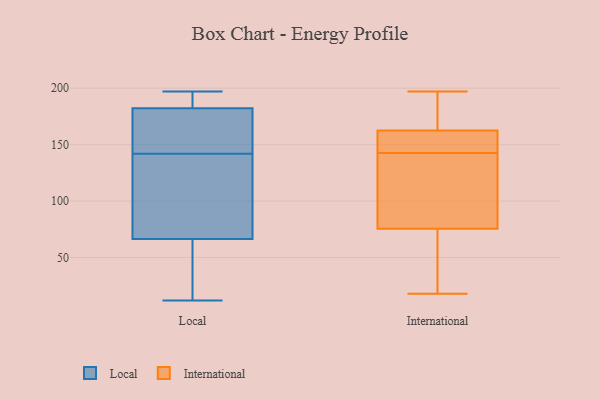
{"axis": {"x": "Waste Production (Tons)", "y": "Value"}, "legend": ["International", "Local"], "data": [{"x": "", "y": 65, "type": "Local"}, {"x": "", "y": 177, "type": "Local"}, {"x": "", "y": 170, "type": "Local"}, {"x": "", "y": 196, "type": "Local"}, {"x": "", "y": 153, "type": "Local"}, {"x": "", "y": 197, "type": "Local"}, {"x": "", "y": 101, "type": "Local"}, {"x": "", "y": 12, "type": "Local"}, {"x": "", "y": 194, "type": "Local"}, {"x": "", "y": 21, "type": "Local"}, {"x": "", "y": 71, "type": "Local"}, {"x": "", "y": 31, "type": "Local"}, {"x": "", "y": 142, "type": "Local"}, {"x": "", "y": 129, "type": "Local"}, {"x": "", "y": 184, "type": "Local"}, {"x": "", "y": 163, "type": "International"}, {"x": "", "y": 133, "type": "International"}, {"x": "", "y": 152, "type": "International"}, {"x": "", "y": 18, "type": "International"}, {"x": "", "y": 100, "type": "International"}, {"x": "", "y": 181, "type": "International"}, {"x": "", "y": 157, "type": "International"}, {"x": "", "y": 162, "type": "International"}, {"x": "", "y": 18, "type": "International"}, {"x": "", "y": 46, "type": "International"}, {"x": "", "y": 156, "type": "International"}, {"x": "", "y": 110, "type": "International"}, {"x": "", "y": 51, "type": "International"}, {"x": "", "y": 197, "type": "International"}, {"x": "", "y": 119, "type": "International"}, {"x": "", "y": 178, "type": "International"}]}